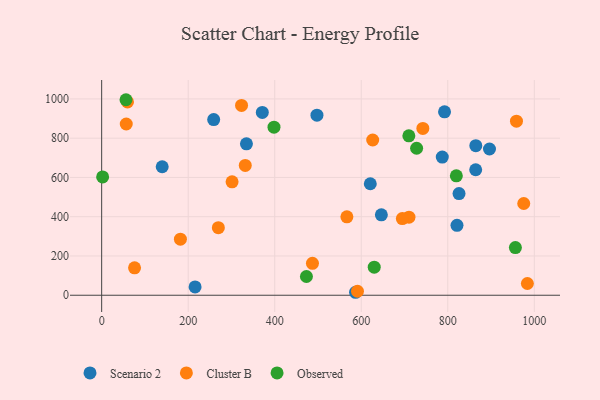
{"axis": {"x": "Study Hours", "y": "Exam Score"}, "legend": ["Cluster B", "Observed", "Scenario 2"], "data": [{"x": "821.3", "y": 356.1, "type": "Scenario 2"}, {"x": "864.8", "y": 761.9, "type": "Scenario 2"}, {"x": "497.6", "y": 917.0, "type": "Scenario 2"}, {"x": "334.6", "y": 771.5, "type": "Scenario 2"}, {"x": "792.5", "y": 934.2, "type": "Scenario 2"}, {"x": "586.8", "y": 15.1, "type": "Scenario 2"}, {"x": "371.3", "y": 931.0, "type": "Scenario 2"}, {"x": "620.9", "y": 567.9, "type": "Scenario 2"}, {"x": "787.3", "y": 703.8, "type": "Scenario 2"}, {"x": "258.9", "y": 894.8, "type": "Scenario 2"}, {"x": "826.0", "y": 517.8, "type": "Scenario 2"}, {"x": "896.4", "y": 744.8, "type": "Scenario 2"}, {"x": "215.9", "y": 42.1, "type": "Scenario 2"}, {"x": "864.5", "y": 639.2, "type": "Scenario 2"}, {"x": "646.5", "y": 409.8, "type": "Scenario 2"}, {"x": "139.9", "y": 654.5, "type": "Scenario 2"}, {"x": "331.9", "y": 661.1, "type": "Cluster B"}, {"x": "984.0", "y": 59.8, "type": "Cluster B"}, {"x": "626.5", "y": 790.7, "type": "Cluster B"}, {"x": "591.3", "y": 20.2, "type": "Cluster B"}, {"x": "742.4", "y": 849.7, "type": "Cluster B"}, {"x": "76.0", "y": 139.4, "type": "Cluster B"}, {"x": "487.2", "y": 162.5, "type": "Cluster B"}, {"x": "56.8", "y": 872.2, "type": "Cluster B"}, {"x": "710.3", "y": 397.5, "type": "Cluster B"}, {"x": "269.7", "y": 344.4, "type": "Cluster B"}, {"x": "975.6", "y": 467.2, "type": "Cluster B"}, {"x": "323.3", "y": 966.9, "type": "Cluster B"}, {"x": "958.8", "y": 886.5, "type": "Cluster B"}, {"x": "182.0", "y": 285.7, "type": "Cluster B"}, {"x": "59.7", "y": 984.7, "type": "Cluster B"}, {"x": "301.4", "y": 577.9, "type": "Cluster B"}, {"x": "566.8", "y": 399.5, "type": "Cluster B"}, {"x": "695.0", "y": 390.6, "type": "Cluster B"}, {"x": "956.3", "y": 242.8, "type": "Observed"}, {"x": "710.0", "y": 812.0, "type": "Observed"}, {"x": "56.2", "y": 995.9, "type": "Observed"}, {"x": "819.8", "y": 608.5, "type": "Observed"}, {"x": "630.0", "y": 143.1, "type": "Observed"}, {"x": "473.3", "y": 95.4, "type": "Observed"}, {"x": "2.2", "y": 602.8, "type": "Observed"}, {"x": "728.0", "y": 748.7, "type": "Observed"}, {"x": "398.3", "y": 856.1, "type": "Observed"}]}